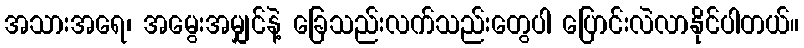
အသားအရေ၊ အမွေးအမျှင်နဲ့ ခြေသည်းလက်သည်းတွေပါ ပြောင်းလဲလာနိုင်ပါတယ်။